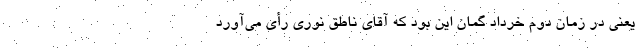
یعنی در زمان دوم خرداد گمان این بود که آقای ناطق نوری رأی می‌آورد